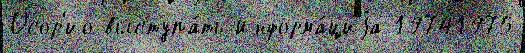
Осор'ио выступа́ть Информа́циjа 19741975